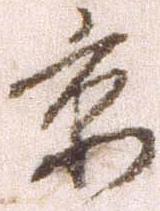
京